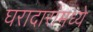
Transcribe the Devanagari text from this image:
घरादारांमध्ये